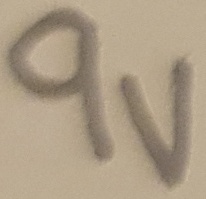
Text: 9V